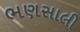
ભણસાલી